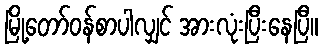
မြို့တော်ဝန်စာပါလျှင် အားလုံးပြီးနေပြီ။